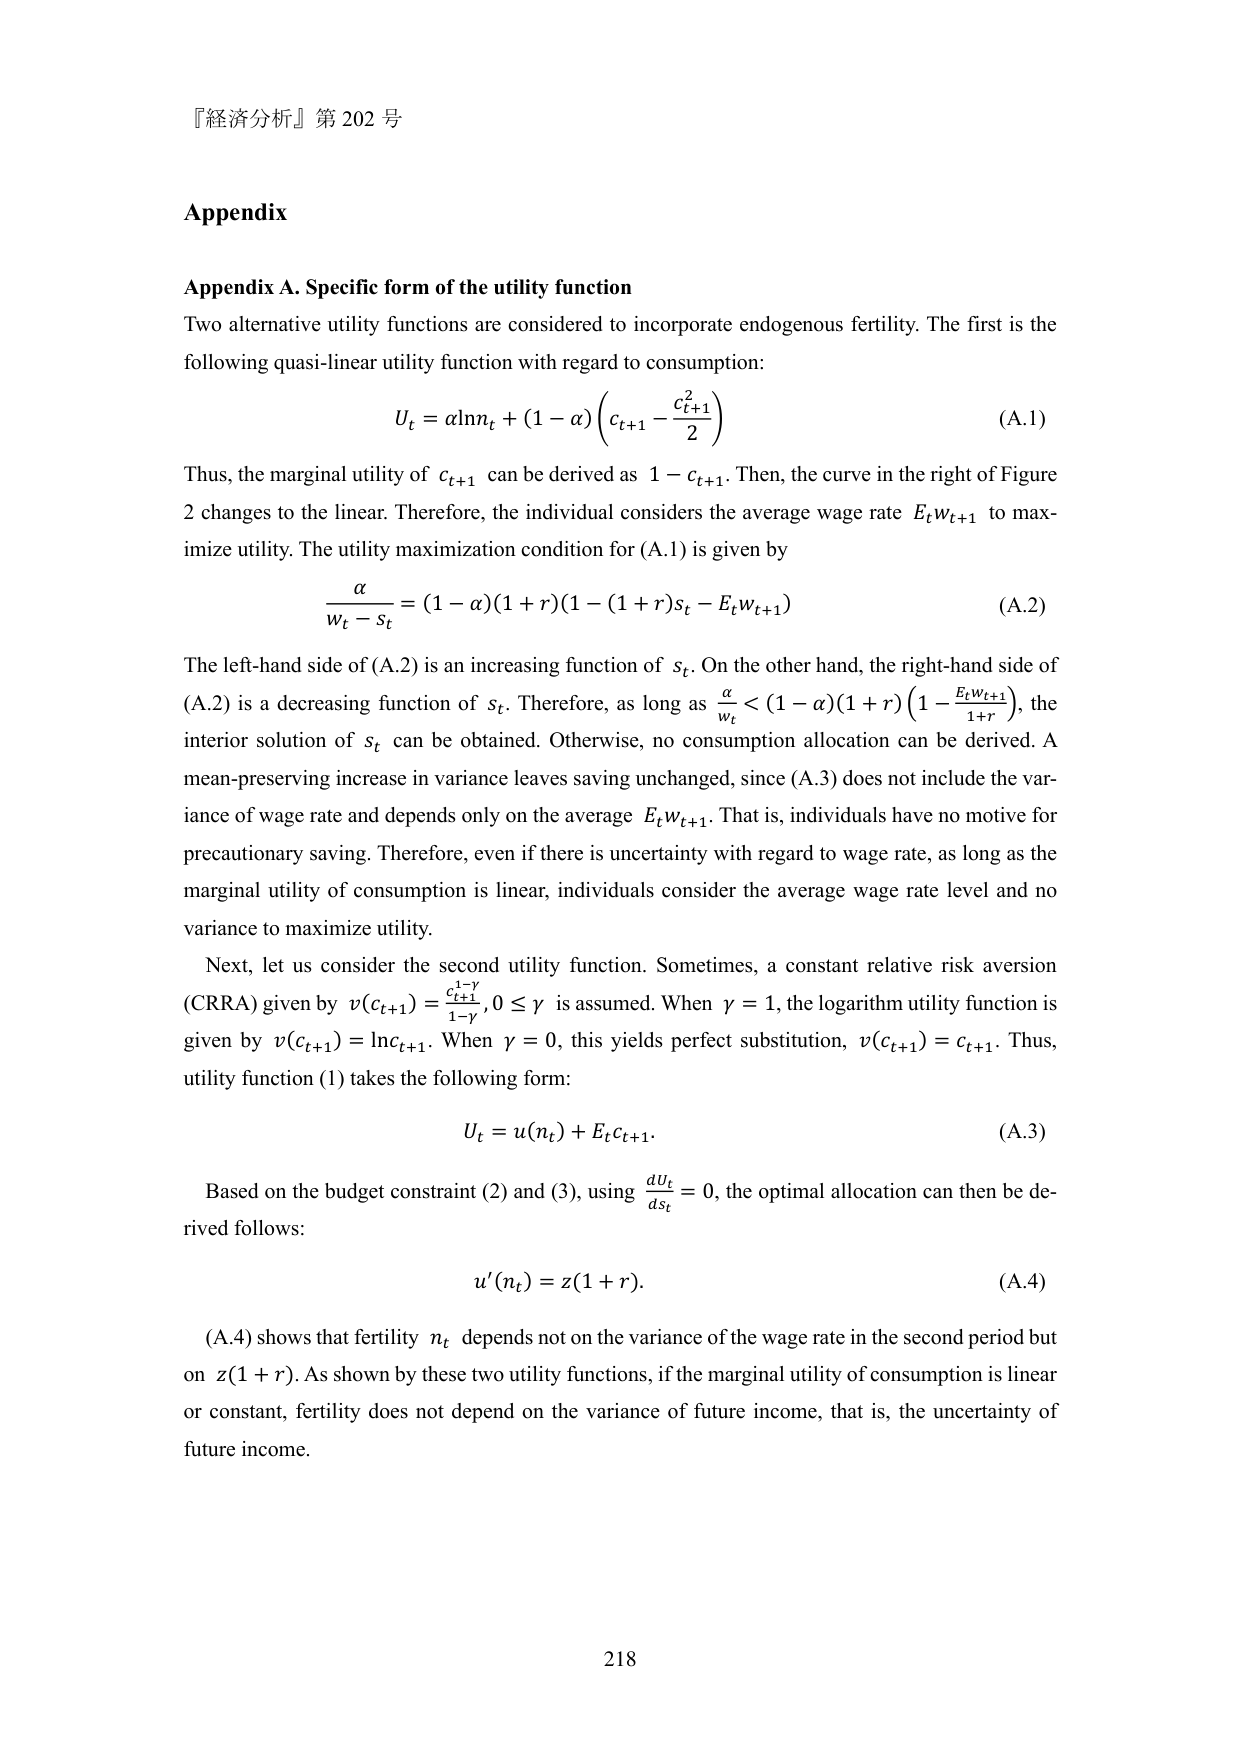
『経済分析』第 202 号

Appendix

Appendix A. Specific form of the utility function
Two alternative utility functions are considered to incorporate endogenous fertility. The first is the following quasi-linear utility function with regard to consumption:

U_t = αlnn_t + (1 - α)(c_{t+1} - c_{t+1}^2 / 2)  (A.1)

Thus, the marginal utility of c_{t+1} can be derived as 1 - c_{t+1}. Then, the curve in the right of Figure 2 changes to the linear. Therefore, the individual considers the average wage rate E_t w_{t+1} to maximize utility. The utility maximization condition for (A.1) is given by

α / (w_t - s_t) = (1 - α)(1 + r)(1 - (1 + r)s_t - E_t w_{t+1})  (A.2)

The left-hand side of (A.2) is an increasing function of s_t. On the other hand, the right-hand side of (A.2) is a decreasing function of s_t. Therefore, as long as α / w_t < (1 - α)(1 + r)(1 - E_t w_{t+1} / (1 + r)), the interior solution of s_t can be obtained. Otherwise, no consumption allocation can be derived. A mean-preserving increase in variance leaves saving unchanged, since (A.3) does not include the variance of wage rate and depends only on the average E_t w_{t+1}. That is, individuals have no motive for precautionary saving. Therefore, even if there is uncertainty with regard to wage rate, as long as the marginal utility of consumption is linear, individuals consider the average wage rate level and no variance to maximize utility.

Next, let us consider the second utility function. Sometimes, a constant relative risk aversion (CRRA) given by v(c_{t+1}) = c_{t+1}^{1-γ} / (1 - γ), 0 ≤ γ is assumed. When γ = 1, the logarithm utility function is given by v(c_{t+1}) = ln c_{t+1}. When γ = 0, this yields perfect substitution, v(c_{t+1}) = c_{t+1}. Thus, utility function (1) takes the following form:

U_t = u(n_t) + E_t c_{t+1}.  (A.3)

Based on the budget constraint (2) and (3), using dU_t / ds_t = 0, the optimal allocation can then be derived follows:

u'(n_t) = z(1 + r).  (A.4)

(A.4) shows that fertility n_t depends not on the variance of the wage rate in the second period but on z(1 + r). As shown by these two utility functions, if the marginal utility of consumption is linear or constant, fertility does not depend on the variance of future income, that is, the uncertainty of future income.

218